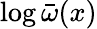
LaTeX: \log{\bar{\omega}}(x)